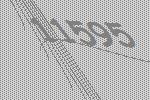
11595